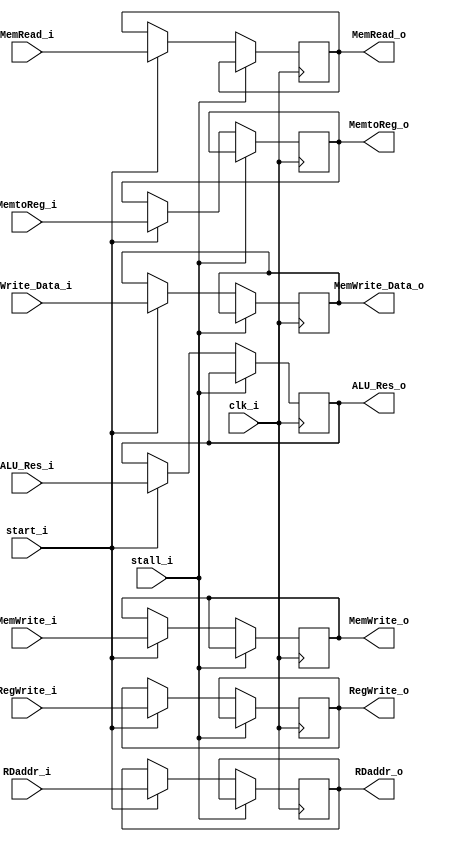
module Register_EXMEM (
    clk_i,
    start_i,
    stall_i,

    ALU_Res_i,
    MemWrite_Data_i,
    RDaddr_i,

    ALU_Res_o,    
    MemWrite_Data_o,    
    RDaddr_o,

	//Control Signal
    RegWrite_i, 
    MemtoReg_i, 
    MemRead_i,  
    MemWrite_i,

    RegWrite_o, 
    MemtoReg_o, 
    MemRead_o,  
    MemWrite_o
     
);

//Ports
input           clk_i, start_i, stall_i;
input   [31:0]  ALU_Res_i;
input   [31:0]  MemWrite_Data_i;
input   [4:0]   RDaddr_i;
input           RegWrite_i, MemtoReg_i, MemRead_i, MemWrite_i; 

output  [31:0]  ALU_Res_o;
output  [31:0]  MemWrite_Data_o;
output  [4:0]   RDaddr_o;
output          RegWrite_o, MemtoReg_o, MemRead_o, MemWrite_o;  

reg     [31:0]  ALU_Res_o;
reg     [31:0]  MemWrite_Data_o;
reg     [4:0]   RDaddr_o;
reg             RegWrite_o, MemtoReg_o, MemRead_o, MemWrite_o;  

always @(posedge clk_i) begin
    if(stall_i) begin
    end
    else begin
        if(start_i) begin
            ALU_Res_o           <= ALU_Res_i; 
            MemWrite_Data_o     <= MemWrite_Data_i;  
            RDaddr_o            <= RDaddr_i;   

            RegWrite_o          <= RegWrite_i; 
            MemtoReg_o          <= MemtoReg_i;
            MemRead_o           <= MemRead_i; 
            MemWrite_o          <= MemWrite_i;

        end
        
        else begin
            ALU_Res_o           <= ALU_Res_o; 
            MemWrite_Data_o     <= MemWrite_Data_o;  
            RDaddr_o            <= RDaddr_o;   

            RegWrite_o          <= RegWrite_o; 
            MemtoReg_o          <= MemtoReg_o;
            MemRead_o           <= MemRead_o; 
            MemWrite_o          <= MemWrite_o;

        end 
    end
end

endmodule